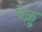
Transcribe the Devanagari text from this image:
वेळु